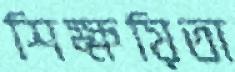
শিক্ষয়িতা